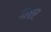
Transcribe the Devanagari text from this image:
गलार